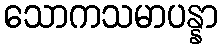
သောကသမာပန္နာ